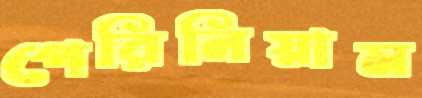
পেরিনিয়াম